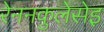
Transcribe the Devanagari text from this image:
रेननकुलेसेइ